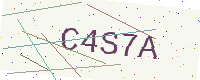
Text: C4S7A